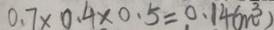
0 . 7 \times 0 . 4 \times 0 . 5 = 0 . 1 4 ( m ^ { 3 } )